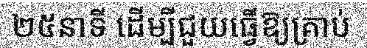
២៥នាទី ដើម្បីជួយធ្វើឱ្យគ្រាប់